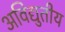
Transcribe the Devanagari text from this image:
अविद्युतीय